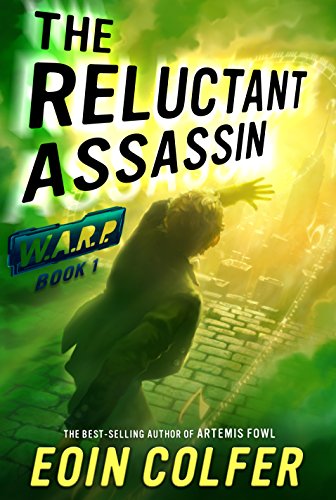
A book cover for WARP Book 1 The Reluctant Assassin; Eoin Colfer; Teen & Young Adult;